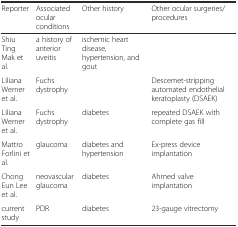
| Reporter | Associated ocular conditions | Other history | Other ocular surgeries/procedures |
 | --- | --- | --- | --- |
 | Shiu Ting Mak et al. | a history of anterior uveitis | ischemic heart disease, hypertension, and gout |  |
 | Liliana Werner et al. | Fuchs dystrophy |  | Descemet-stripping automated endothelial keratoplasty (DSAEK) |
 | Liliana Werner et al. | Fuchs dystrophy | diabetes | repeated DSAEK with complete gas fill |
 | Mattro Forlini et al. | glaucoma | diabetes and hypertension | Ex-press device implantation |
 | Chong Eun Lee et al. | neovascular glaucoma | diabetes | Ahmed valve implantation |
 | current study | PDR | diabetes | 23-gauge vitrectomy |